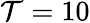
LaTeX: \mathcal{T}=10